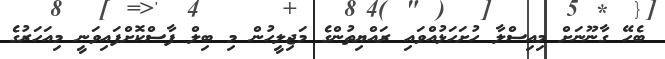
ބެހޭ ގާނޫނަށް މިއިސްލާ ހުށަހަޅުއްވައި ރައްޔިތުންގެ މަޖިލީހުން މި ބިލް ފާސްކޮށްފައިވަނީ މިއަހަރުގެ